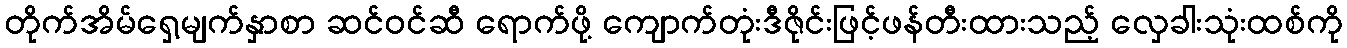
တိုက်အိမ်ရှေ့မျက်နှာစာ ဆင်ဝင်ဆီ ရောက်ဖို့ ကျောက်တုံးဒီဇိုင်းဖြင့်ဖန်တီးထားသည့် လှေခါးသုံးထစ်ကို